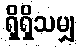
ရှိရှိသမျှ